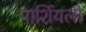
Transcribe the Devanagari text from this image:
पार्शियली